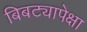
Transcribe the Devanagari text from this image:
बिबट्यापेक्षा